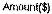
AMOUNT($)